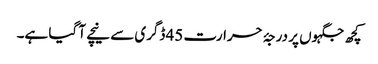
کچھ جگہوں پر درجۂ حرارت 45 ڈگری سے نیچے آ گیا ہے۔